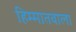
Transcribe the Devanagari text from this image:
हिम्मातवाला